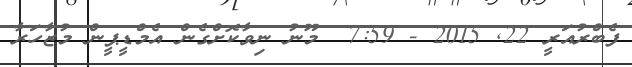
ފެބްރުއަރީ 22